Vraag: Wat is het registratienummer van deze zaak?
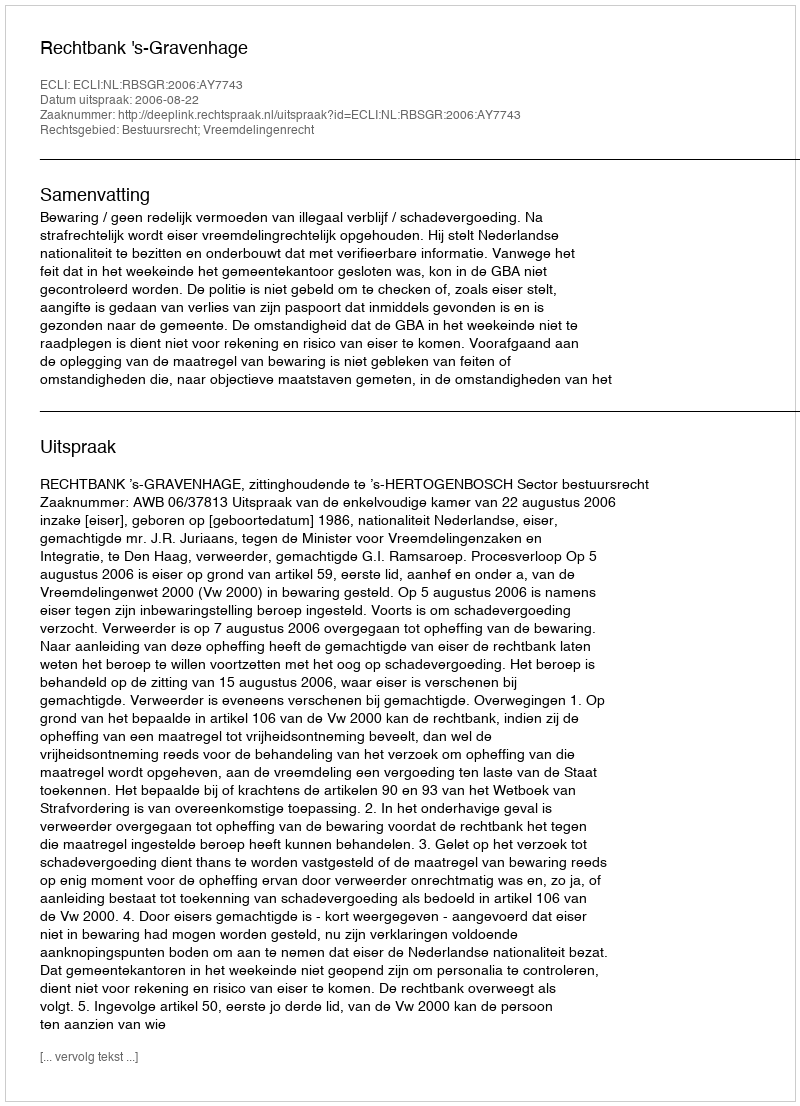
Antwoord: http://deeplink.rechtspraak.nl/uitspraak?id=ECLI:NL:RBSGR:2006:AY7743